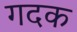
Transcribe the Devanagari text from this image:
गदक